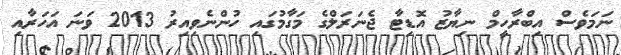
ނަމަވެސް އިބްރާހީމް ނިޔާޒު އޮޑިޓާ ޖެނަރަލްގެ މަގާމުގައި ހުންނެވިއިރު 2013 ވަަނަ އަހަރާއި